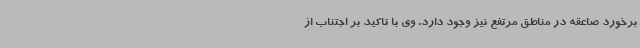
برخورد صاعقه در مناطق مرتفع نیز وجود دارد. وی با تاکید بر اجتناب از